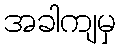
အခါကျမှ